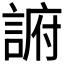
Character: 𲁭